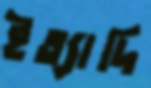
ইত্যাদি